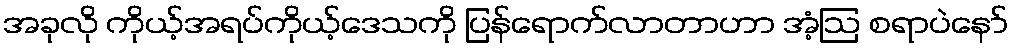
အခုလို ကိုယ့်အရပ်ကိုယ့်ဒေသကို ပြန်ရောက်လာတာဟာ အံ့ဩ စရာပဲနော်